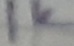
Text: 1K